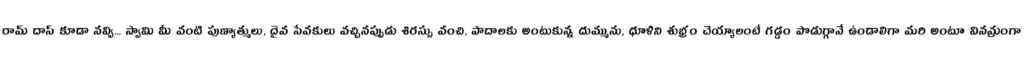
రామ్ దాస్ కూడా నవ్వి... స్వామి మీ వంటి పుణ్యాత్ములు, దైవ సేవకులు వచ్చినప్పుడు శిరస్సు వంచి, పాదాలకు అంటుకున్న దుమ్మును, ధూళిని శుభ్రం చెయ్యాలంటే గడ్డం పొడుగ్గానే ఉండాలిగా మరి అంటూ వినమ్రంగా